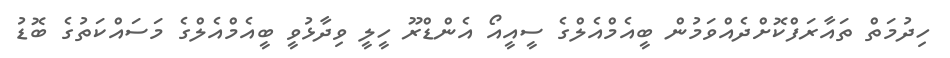
ހިދުމަތް ތައާރަފްކޮށްދެއްވަމުން ބީއެމްއެލްގެ ސީއީއޯ އެންޑްރޫ ހީލީ ވިދާޅުވީ ބީއެމްްއެލްގެ މަސައްކަތުގެ ބޮޑު